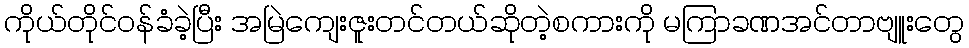
ကိုယ်တိုင်ဝန်ခံခဲ့ပြီး အမြဲကျေးဇူးတင်တယ်ဆိုတဲ့စကားကို မကြာခဏအင်တာဗျူးတွေ